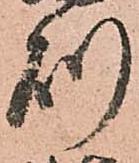
則